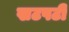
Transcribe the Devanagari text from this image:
खटपटी